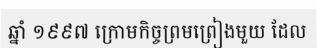
ឆ្នាំ ១៩៩៧ ក្រោមកិច្ចព្រមព្រៀងមួយ ដែល